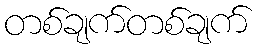
တစ်ချက်တစ်ချက်